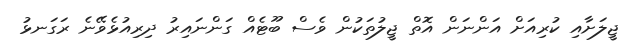
ޖީލަށާއި ކުރިއަށް އަންނަން އޮތް ޖީލުތަކުން ވެސް ބޫޓެއް ގަންނައިރު ދިރިއުޅެވޭނެ ރަގަނޅު